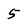
Character: 5